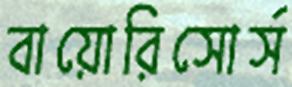
বায়োরিসোর্স